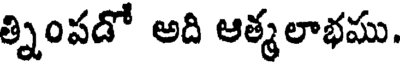
త్నింపడో అది ఆత్మలాభము.